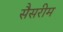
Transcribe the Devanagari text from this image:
सैसरीम